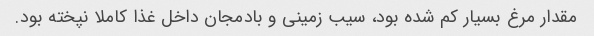
مقدار مرغ بسیار کم شده بود، سیب زمینی و بادمجان داخل غذا کاملا نپخته بود.